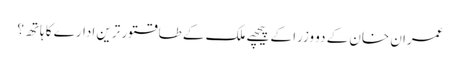
عمران خان کے دو وزرا کے پیچھے ملک کے طاقتور ترین ادارے کا ہاتھ؟